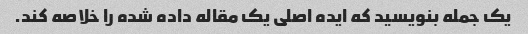
یک جمله بنویسید که ایده اصلی یک مقاله داده شده را خلاصه کند.